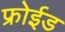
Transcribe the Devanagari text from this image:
फ्रोईड